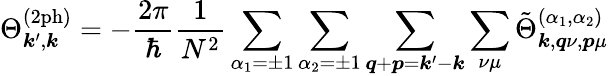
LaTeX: \Theta_{\boldsymbol{k}^{\prime},\boldsymbol{k}}^{(\mathrm{2ph})}=-\frac{2\pi}{\hbar}\frac{1}{N^{2}}\sum_{\alpha_{1}=\pm 1}\sum_{\alpha_{2}=\pm 1}\sum_{\boldsymbol{q}+\boldsymbol{p}=\boldsymbol{k}^{\prime}-\boldsymbol{k}}\sum_{\nu\mu}\tilde{\Theta}_{\boldsymbol{k},\boldsymbol{q}\nu,\boldsymbol{p}\mu}^{(\alpha_{1},\alpha_{2})}